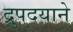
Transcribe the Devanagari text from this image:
द्रुपदयाने